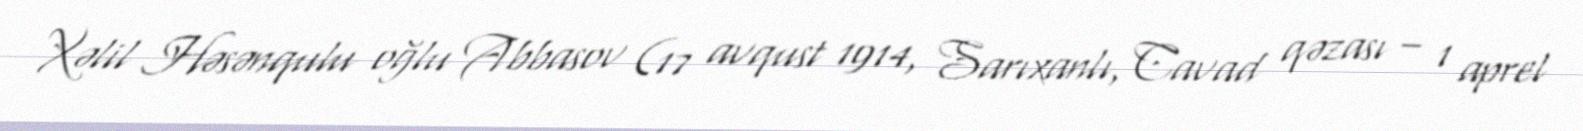
Xəlil Həsənqulu oğlu Abbasov (17 avqust 1914, Sarıxanlı, Cavad qəzası – 1 aprel